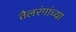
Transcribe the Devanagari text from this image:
तैलरंगांच्या